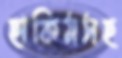
হাকিমসহ